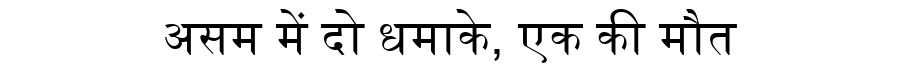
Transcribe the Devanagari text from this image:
असम में दो धमाके, एक की मौत